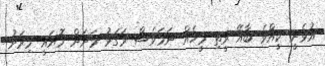
އުޅެނީ ކީއްވެ ބާއޭ ރީތި މީހެއް ނަމަވެސް ރަގަޅު މަށަށް މޮޔައީ މިރަށު